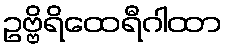
ဥဗ္ဗိရိထေရီဂါထာ